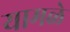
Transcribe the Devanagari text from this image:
यामळे